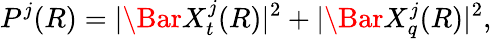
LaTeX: P^{j}(R)=|\Bar{X}_{t}^{j}(R)|^{2}+|\Bar{X}_{q}^{j}(R)|^{2},